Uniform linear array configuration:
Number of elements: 8
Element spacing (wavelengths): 0.25
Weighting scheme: binomial
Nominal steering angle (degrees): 30
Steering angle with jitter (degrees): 30.379
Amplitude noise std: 0.05
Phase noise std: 0.05

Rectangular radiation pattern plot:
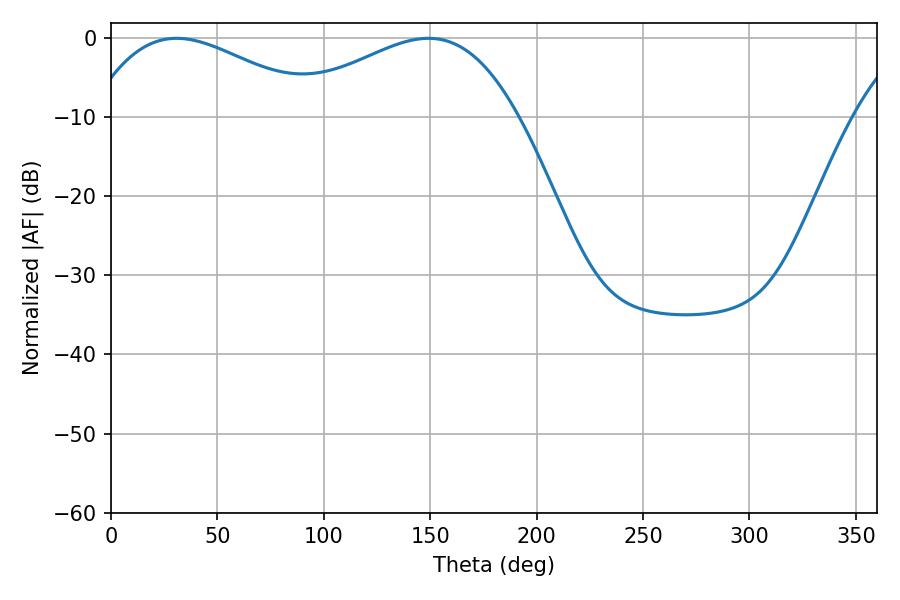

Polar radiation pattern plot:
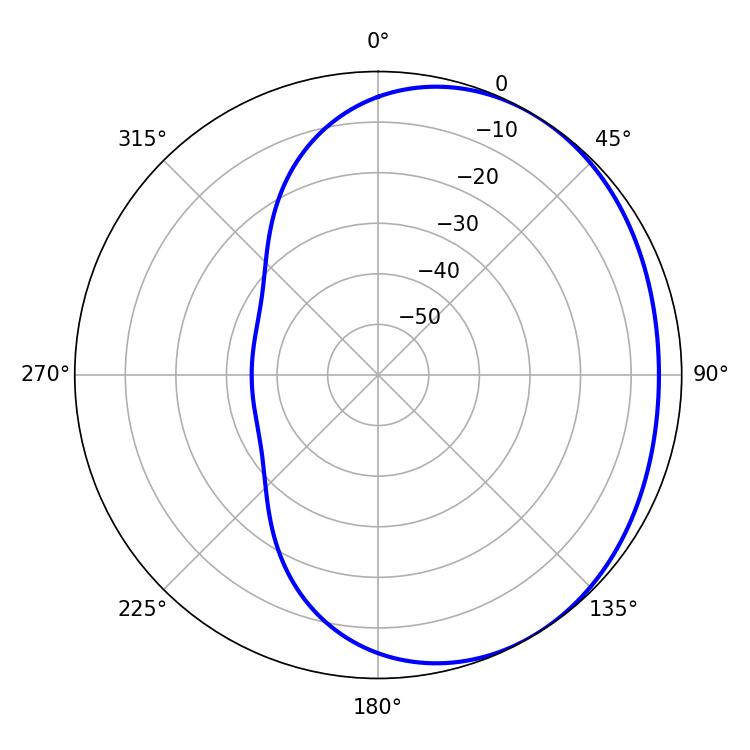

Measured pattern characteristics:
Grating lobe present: FALSE
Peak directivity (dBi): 2.111
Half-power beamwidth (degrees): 59.22
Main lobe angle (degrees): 30.78